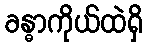
ခန္ဓာကိုယ်ထဲရှိ